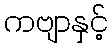
ကဗျာနှင့်